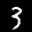
Label: 3